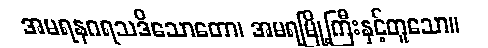
အမရနဂရသဒိသောတော၊ အမရမြို့ကြီးနှင့်တူသော။